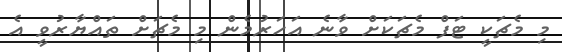
މި މެޗަކީ ޓަފް މެޗަކަށް ވާނެ އަހަރުމެން މި މެޗަށް ތައްޔާރުވީ އެ